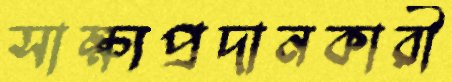
সাক্ষ্যপ্রদানকারী